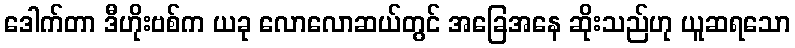
ဒေါက်တာ ဒီဟိုးဗစ်က ယခု လောလောဆယ်တွင် အခြေအနေ ဆိုးသည်ဟု ယူဆရသော